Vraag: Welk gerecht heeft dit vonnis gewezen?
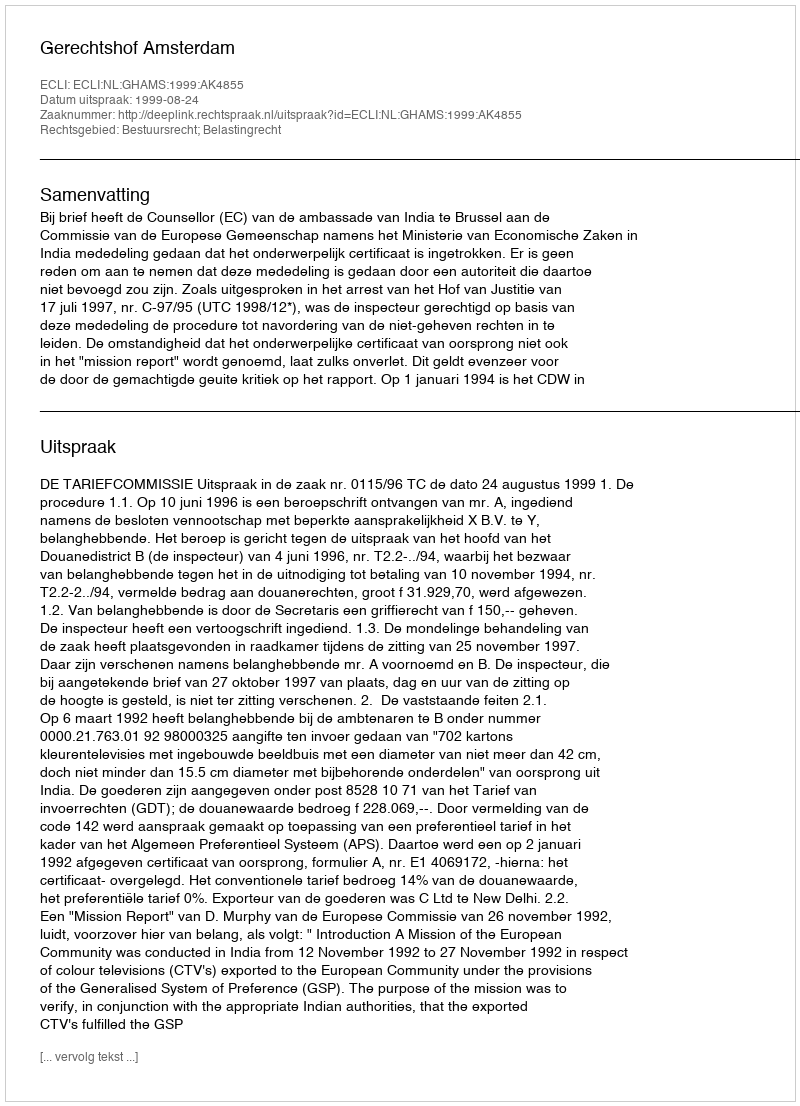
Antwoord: Gerechtshof Amsterdam